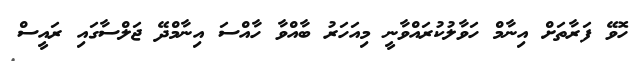
ހޮވޭ ފަރާތަށް އިނާމް ހަވާލުކުރައްވާނީ މިއަހަރު ބާއްވާ ހާއްސަ އިނާމްދޭ ޖަލްސާގައި ރައީސް